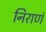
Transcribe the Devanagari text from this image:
निराणं